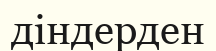
діндерден